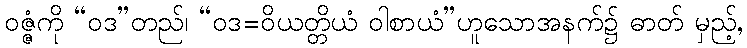
ဝဇ္ဇံကို “ဝဒ”တည်၊ “ဝဒ=ဝိယတ္တိယံ ဝါစာယံ”ဟူသောအနက်၌ ဓာတ် မှည့်,